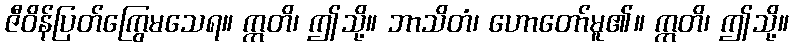
ဇီဝိန်ပြတ်ကြွေမသေရ။ ဣတိ၊ ဤသို့။ ဘာသိတံ၊ ဟောတော်မူ၏။ ဣတိ၊ ဤသို့။